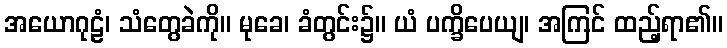
အယောဂုဠံ၊ သံတွေခဲကို။ မုခေ၊ ခံတွင်း၌။ ယံ ပက္ခိပေယျ၊ အကြင် ထည့်ရာ၏။